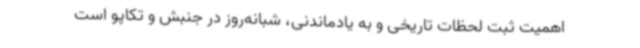
اهمیت ثبت لحظات تاریخی و به یادماندنی، شبانه‌روز در جنبش و تکاپو است